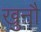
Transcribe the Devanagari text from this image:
खुनौ